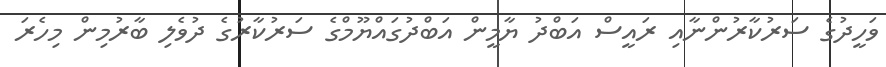
ވަހީދުގެ ސަރުކާރުންނާއި ރައީސް އަބްދު ޔާމީން އަބްދުގައްޔޫމްގެ ސަރުކާރުގެ ދުވެލި ބާރުމިން މިހެރަ